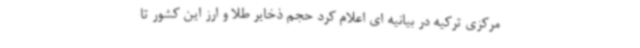
مرکزی ترکیه در بیانیه ای اعلام کرد حجم ذخایر طلا و ارز این کشور تا